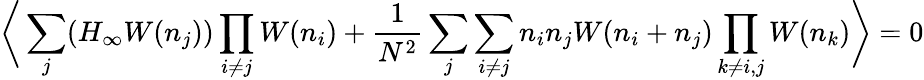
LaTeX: \bigg\langle\sum_{j}(H_{\infty}W(n_{j}))\prod_{i\not=j}W(n_{i})+{\frac{1}{N^{2}}}\sum_{j}\sum_{i\not=j}n_{i}n_{j}W(n_{i}+n_{j})\prod_{k\not=i,j}W(n_{k})\bigg\rangle=0